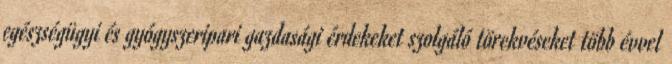
egészségügyi és gyógyszeripari gazdasági érdekeket szolgáló törekvéseket több évvel